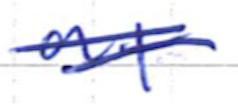
Text: at
Cross-out: double-line
Writing tool: ballpoint